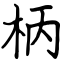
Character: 柄